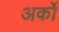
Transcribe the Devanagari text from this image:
अर्कों